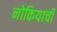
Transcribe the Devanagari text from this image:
नोकियाची